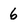
Character: 6